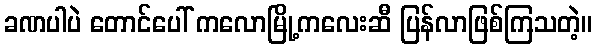
ခဏပါပဲ တောင်ပေါ် ကလောမြို့ကလေးဆီ ပြန်လာဖြစ်ကြသတဲ့။